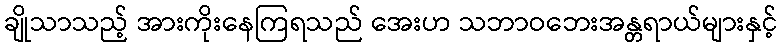
ချိုသာသည့် အားကိုးနေကြရသည် အေးဟ သဘာဝဘေးအန္တရာယ်များနှင့်